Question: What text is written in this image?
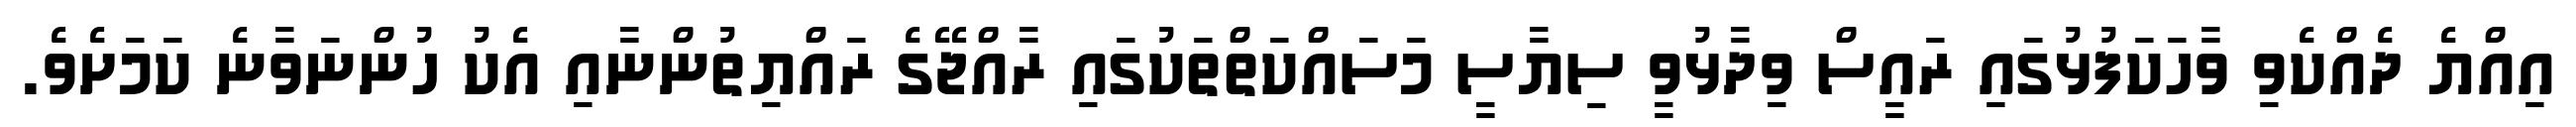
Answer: އިއްޔެ ދެއްކެވި ވާހަކަފުޅުގައި ރައީސް ވިދާޅުވީ ސިޔާސީ މަސައްކަތްތަކުގައި ރާއްޖޭގެ ރައްޔިތުންނާއި އެކު ހުންނަވާނެ ކަމަށެވެ.